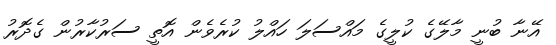
އޭނާ ބުނީ މާލޭގެ ކުލީގެ މައްސަލަ ހައްލު ކުރެވެން އޮތީ ސަރުކާރުން ގެދޮރު